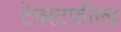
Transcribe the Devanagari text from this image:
टेक्स्टफील्ड